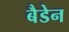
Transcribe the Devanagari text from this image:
बैडेन